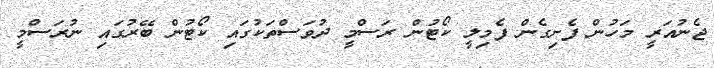
ޖެނުއަރީ މަހުން ފެށިގެން ފެމިލީ ކޯޓުން ރަަސްމީ ދުވަސްތަކުގައި ކޯޓުން ބޭރުގައި ނުރަސްމީ